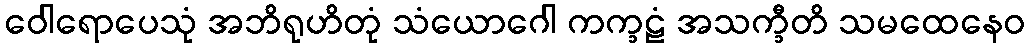
ဝေါရောပေသုံ အဘိရုဟိတုံ သံယောဂေါ ကက္ခဠံ အသက္ခီတိ သမထေနေဝ